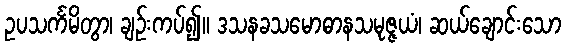
ဥပသင်္ကမိတွာ၊ ချဉ်းကပ်၍။ ဒသနခသမောဓာနသမုဇ္ဇယံ၊ ဆယ်ချောင်းသော